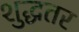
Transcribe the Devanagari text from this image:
शुद्धतर